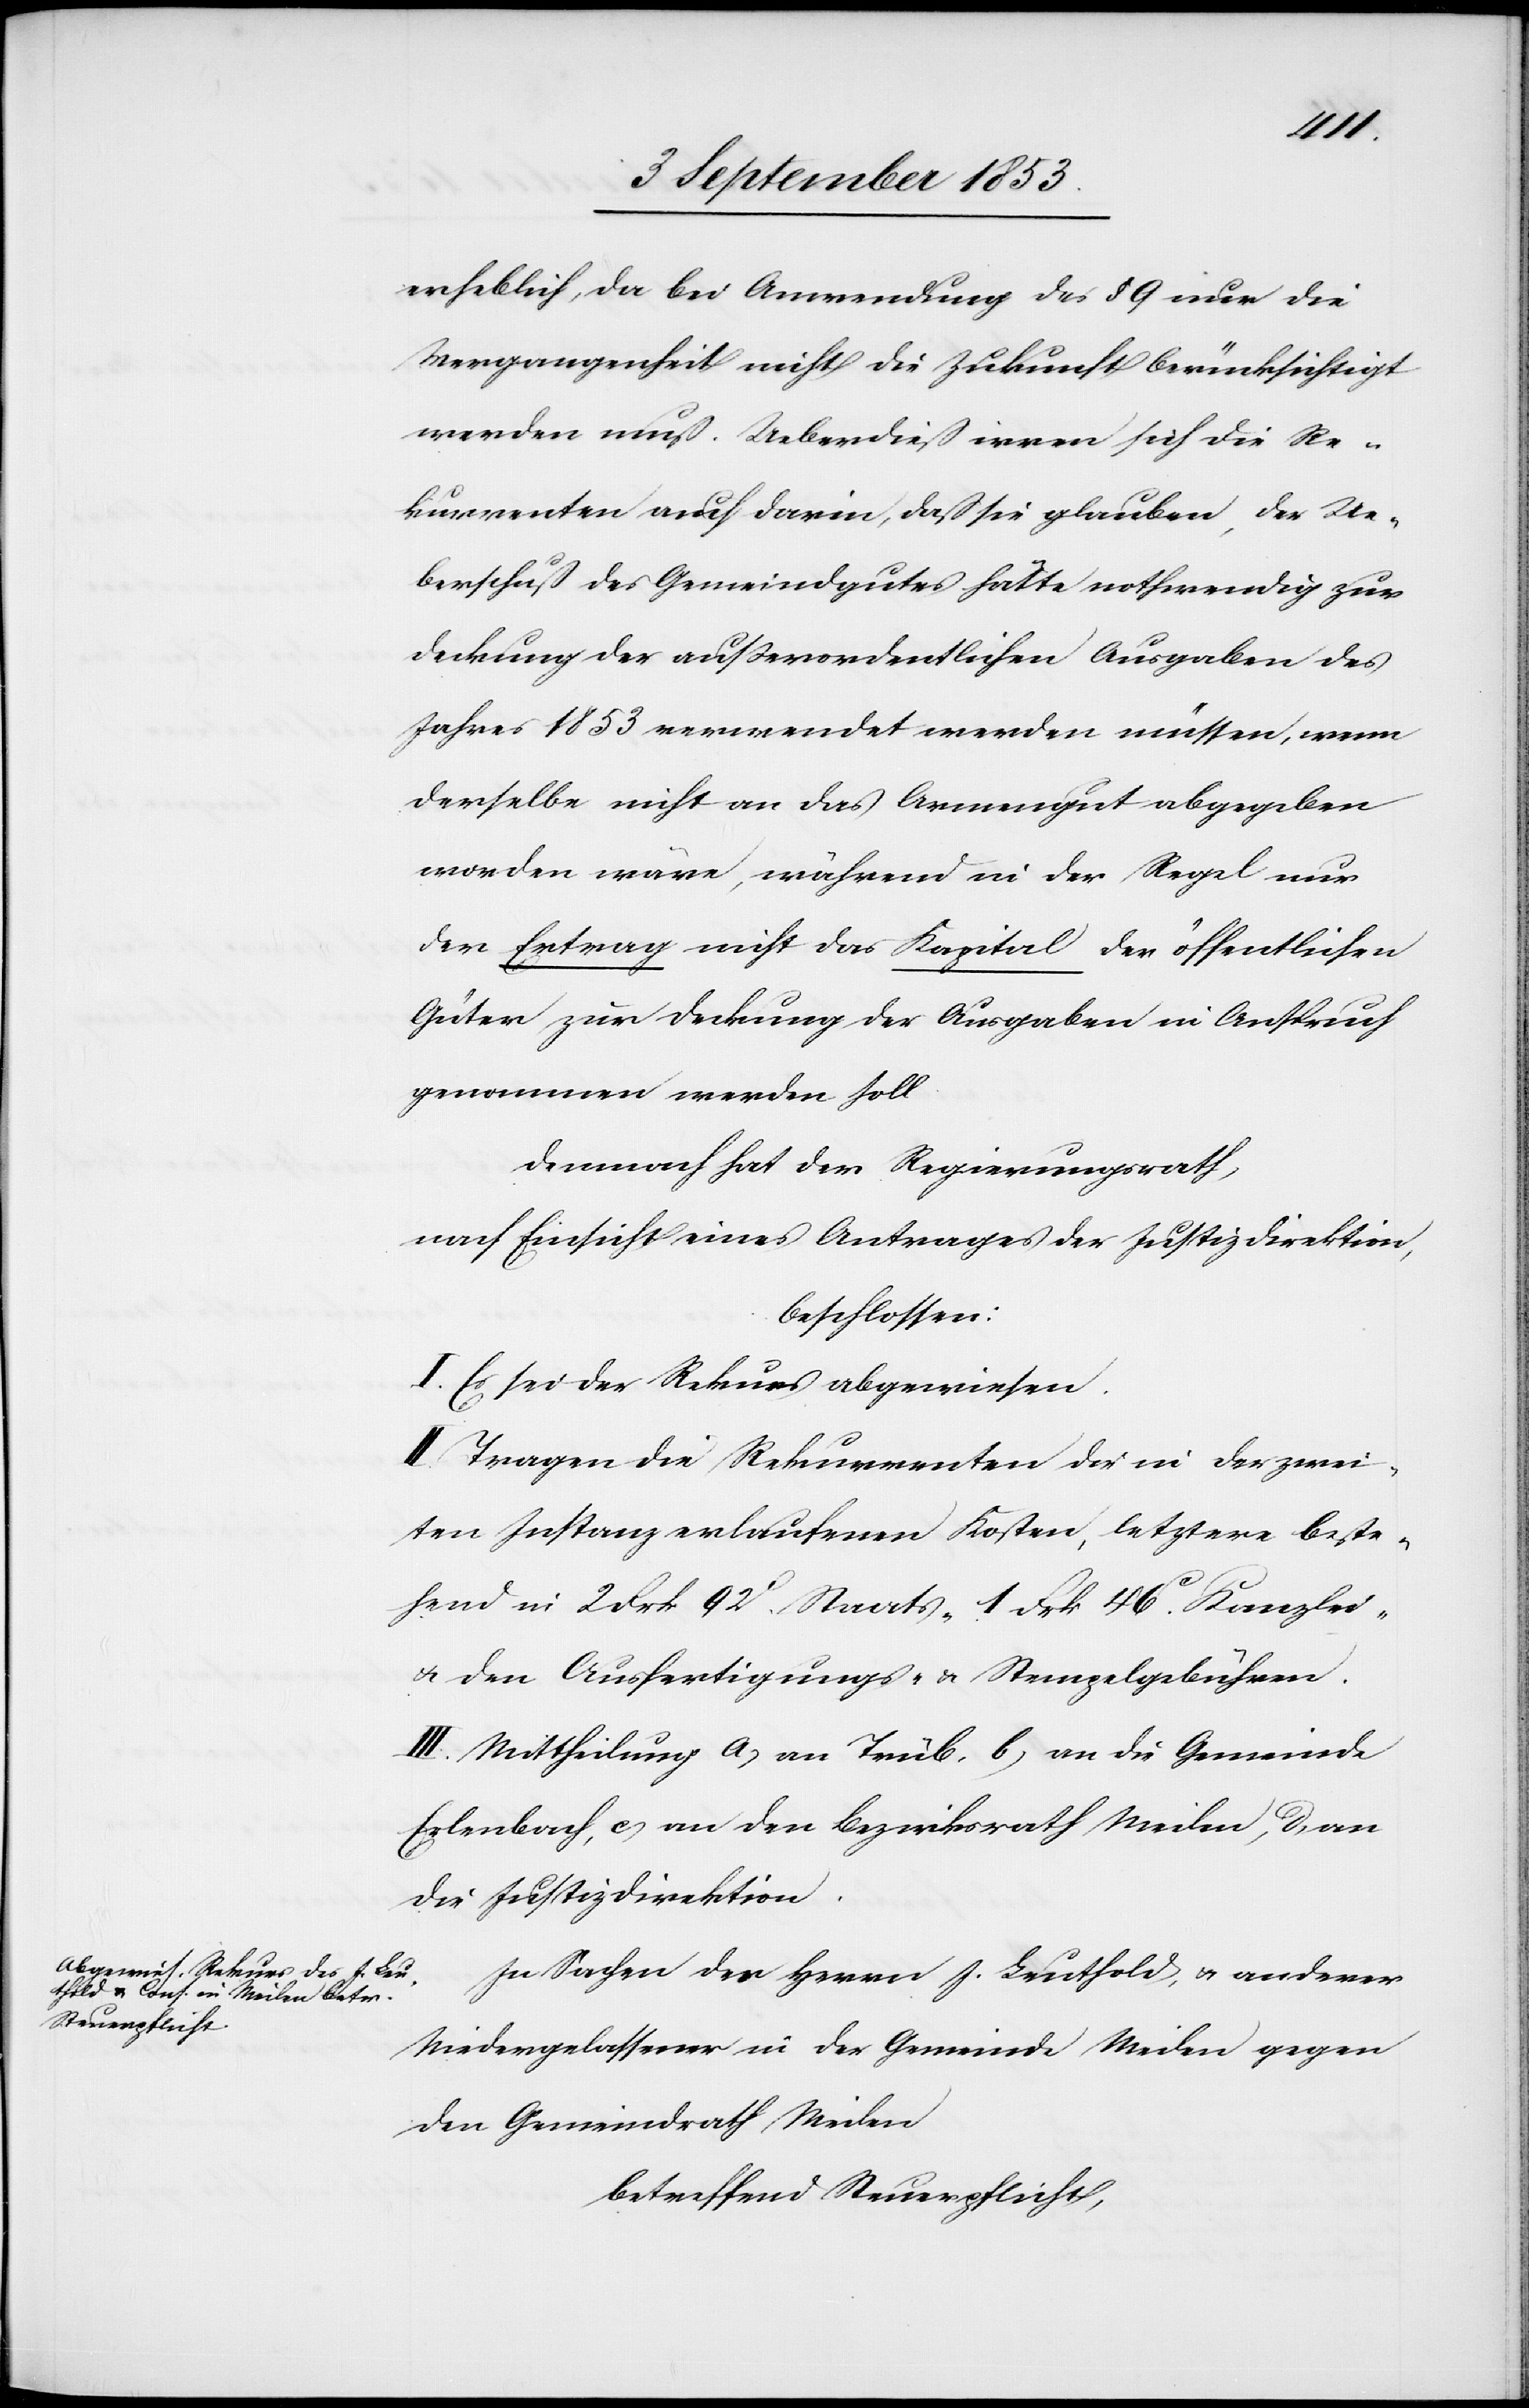
erheblich, da bei Anwendung des § 9 nur die
Vergangenheit nicht die Zukunft berücksichtigt
werden muß. Ueberdieß irren sich die Re¬
kurrenten auch darin, daß sie glauben, der Ue¬
berschuß des Gemeindsgutes hätte nothwendig zur
Deckung der außerordentlichen Ausgaben des
Jahres 1853 verwendet werden müssen, wenn
derselbe nicht an das Armengut abgegeben
worden wäre, während in der Regel nur
der Ertrag nicht das Kapital der öffentlichen
Güter zur Deckung der Ausgaben in Anspruch
genommen werden soll.
Demnach hat der Regierungsrath
nach Einsicht eines Antrages der Justizdirektion,
beschlossen:
I. Es sei der Rekurs abgewiesen.
II. Tragen die Rekurrenten die in der zwei¬
ten Instanz erlaufenen Kosten, letztere beste¬
hend in 2 Frk. 92c Staats- 1 Frk. 46c Kanzlei-
u. den Ausfertigungs- u. Stempelgebühren.
III. Mittheilung a, an Trüb, b, an die Gemeinde
Erlenbach, c, an den Bezirksrath Meilen, d, an
die Justizdirektion.
In Sachen der Herrn J. Leuthold, u. anderer
Niedergelassener in der Gemeinde Meilen gegen
den Gemeindrath Meilen,
betreffend Steuerpflicht,